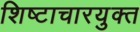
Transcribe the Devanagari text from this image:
शिष्टाचारयुक्त